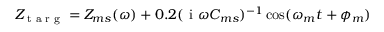
Z _ { \textrm { t a r g } } = Z _ { m s } ( \omega ) + 0 . 2 ( \textrm { i } \omega C _ { m s } ) ^ { - 1 } \cos ( \omega _ { m } t + \phi _ { m } )